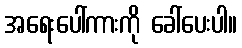
အရေးပေါ်ကားကို ခေါ်ပေးပါ။